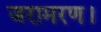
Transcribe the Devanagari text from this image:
जरामरण।